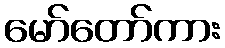
မော်တော်ကား